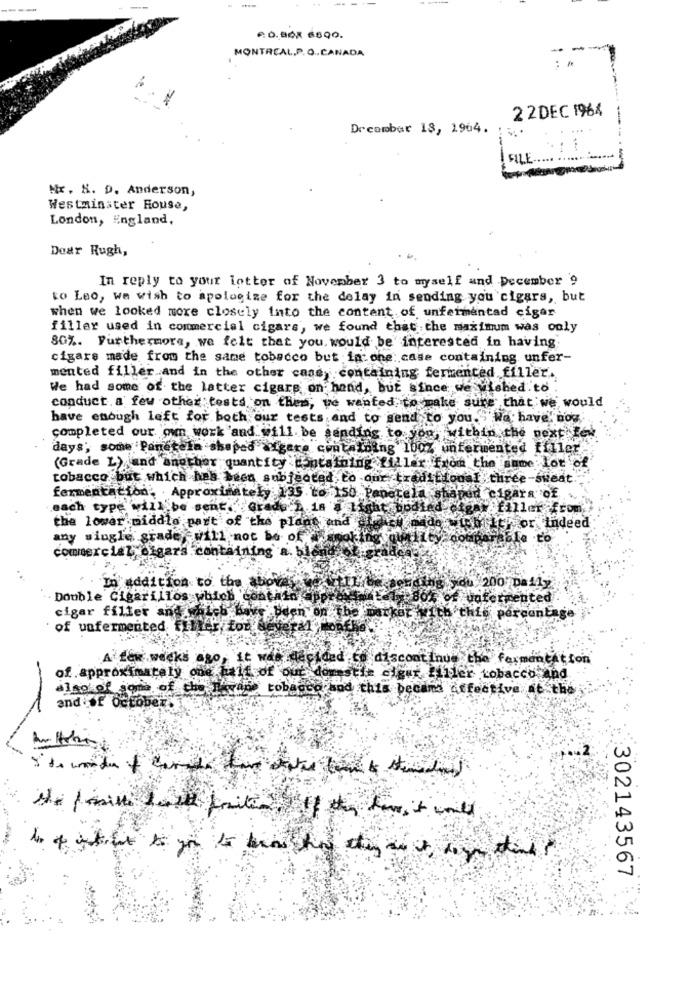
----
6: 0.06X 6690.
MONTREAL,P. O. CANADA
2 2DEC 1964
Drcomber 18, 1964.
FILE ..
Mr. N. D. Anderson,
Westminster Rouse,
London, England,
Dear Rugh,
In reply to your letter of November 3 to myself and December 9
to Leo, we wish to apologize for the delay in sending you'cigars, but
when we looked more closely into the content of unfermentad cigar
filler used in commercial cigars, we found that the maximum was only
80%. Furthermore, we felt that you. would be interested in having
cigars made from the same tobacco but in one: case containing unfer-
mented filler and in the other case, containing fermented filler ...
We had some of the latter cigars on hand, but since we Wished to
conduct. a few other tests on then, we wanted to make sure that we would
have enough left for both our tests and to send to you.""we have' nog
completed our own work 'and will be sending to you, within the next few
days; some Paneteln shaped igere containing 100% unfermented filler
(Grade L) jand another quantity containing filler from the same lot of
tobacco but which has been subjected to our tradicional three-sweat.
fermentation. Approximately 135 to 150 Panetela shaped cigars of
each type will be sent. Grade 1 is a light bodied
cigar filler from
the lower middle part of the plans and augen
Gaston Ler or indeed
any single grade, will not be of
commercial ougars containing
In addition to the aboves.
Double Cigarillos which to
,contain
Let Box of unfermented
cigar filler and wales have been on the market with this percentage
of unfermented filter For
A few weeks ago, it was decided
discontinue the fermentation
of approximately one half of out domestic cigar Iffler tobacco and
also of some of che havass tobacco and this pecand effective at the
and of october.
.2
302143567